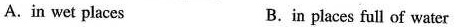
A.in wet places B.in places full of water